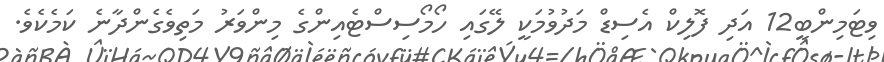
ވިޓަމިންބީ12 އަދި ފޮލިކް އެސިޑް މަދުވުމަކީ ލޭގައި ހޯމޯސިސްޓެއިންގެ މިންވަރު މަތިވެގެންދާނެ ކަމެކެވެ.